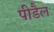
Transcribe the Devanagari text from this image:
पीडैल